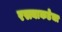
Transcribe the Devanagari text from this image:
रस्त्याकडेचा